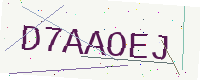
Text: D7AAOEJ